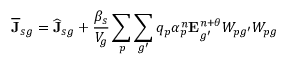
\overline { { \mathbf { J } } } _ { s g } = \widehat { \mathbf { J } } _ { s g } + \frac { \beta _ { s } } { V _ { g } } \sum _ { p } \sum _ { g ^ { \prime } } q _ { p } { \alpha } _ { p } ^ { n } \mathbf { E } _ { g ^ { \prime } } ^ { n + \theta } W _ { p g ^ { \prime } } W _ { p g }